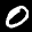
Label: 0